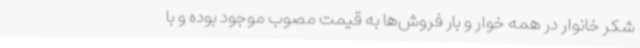
شکر خانوار در همه خوار و بار فروش‌ها به قیمت مصوب موجود بوده و با